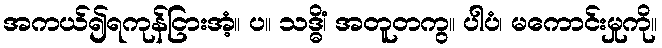
အကယ်၍ရကုန်ငြားအံ့။ ပ။ သဒ္ဓိံ၊ အတူတကွ။ ပါပံ၊ မကောင်းမှုကို။